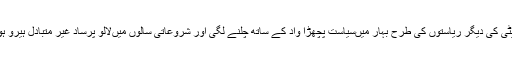
ہندی پٹی کی دیگر ریاستوں کی طرح بہار میںسیاست پچھڑا واد کے ساتھ چلنے لگی اور شروعاتی سالوں میںلالو پرساد غیر متبادل ہیرو ہوگئے۔